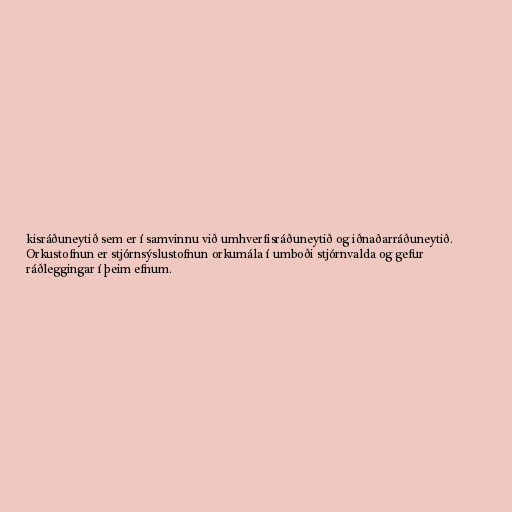
kisráðuneytið sem er í samvinnu við umhverfisráðuneytið og iðnaðarráðuneytið.
Orkustofnun er stjórnsýslustofnun orkumála í umboði stjórnvalda og gefur
ráðleggingar í þeim efnum.